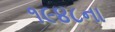
૧૯૪૮ના